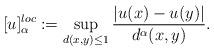
LaTeX: \begin{align*}[u]_{\alpha}^{loc} : = \sup_{d(x,y) \leq 1} \frac{|u(x) - u(y)|}{d^{\alpha}(x,y)}.\end{align*}